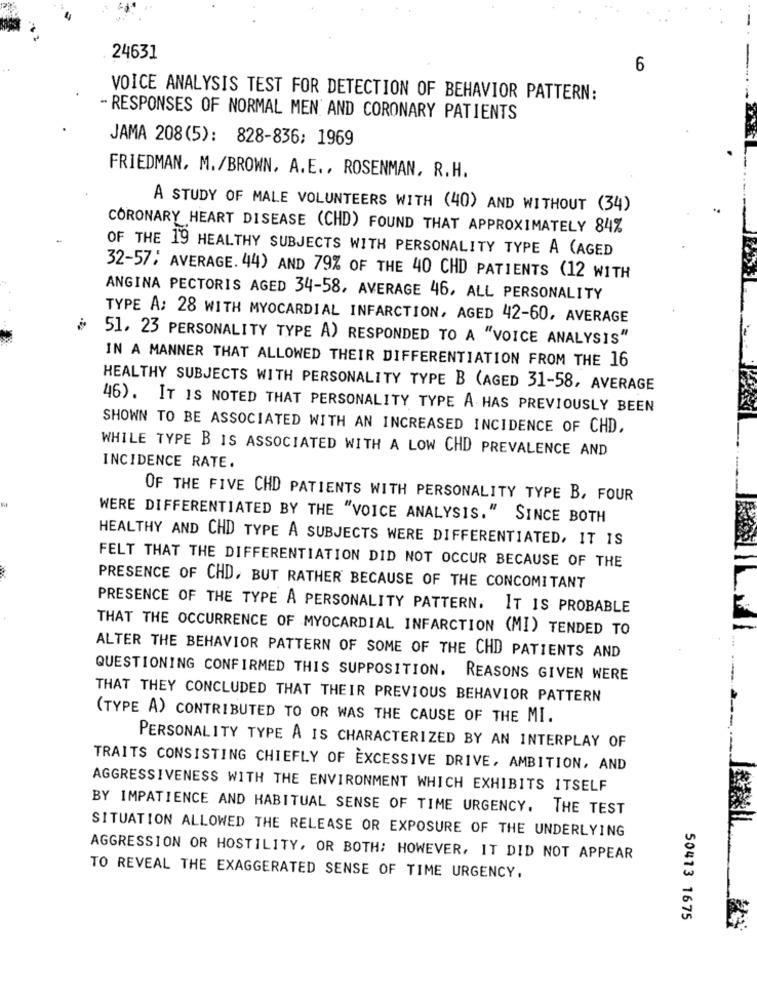
24631
6
VOICE ANALYSIS TEST FOR DETECTION OF BEHAVIOR PATTERN:
- RESPONSES OF NORMAL MEN AND CORONARY PATIENTS
JAMA 208(5): 828-836; 1969
FRIEDMAN, M./BROWN, A.E ., ROSENMAN, R.H.
A STUDY OF MALE VOLUNTEERS WITH (40) AND WITHOUT (34)
CORONARY HEART DISEASE (CHD) FOUND THAT APPROXIMATELY 84%
OF THE 19 HEALTHY SUBJECTS WITH PERSONALITY TYPE A (AGED
32-57; AVERAGE. 44) AND 79% OF THE 40 CHD PATIENTS (12 WITH
ANGINA PECTORIS AGED 34-58, AVERAGE 46, ALL PERSONALITY
TYPE A: 28 WITH MYOCARDIAL INFARCTION, AGED 42-60, AVERAGE
51, 23 PERSONALITY TYPE A) RESPONDED TO A "VOICE ANALYSIS"
IN A MANNER THAT ALLOWED THEIR DIFFERENTIATION FROM THE 16
HEALTHY SUBJECTS WITH PERSONALITY TYPE B (AGED 31-58, AVERAGE
46). IT IS NOTED THAT PERSONALITY TYPE A HAS PREVIOUSLY BEEN
SHOWN TO BE ASSOCIATED WITH AN INCREASED INCIDENCE OF CHD.
WHILE TYPE B IS ASSOCIATED WITH A LOW CHD PREVALENCE AND
INCIDENCE RATE.
OF THE FIVE CHD PATIENTS WITH PERSONALITY TYPE B, FOUR
WERE DIFFERENTIATED BY THE "VOICE ANALYSIS." SINCE BOTH
HEALTHY AND CHD TYPE A SUBJECTS WERE DIFFERENTIATED, IT IS
FELT THAT THE DIFFERENTIATION DID NOT OCCUR BECAUSE OF THE
PRESENCE OF CHD, BUT RATHER BECAUSE OF THE CONCOMITANT
PRESENCE OF THE TYPE A PERSONALITY PATTERN. IT IS PROBABLE
THAT THE OCCURRENCE OF MYOCARDIAL INFARCTION (MI) TENDED TO
ALTER THE BEHAVIOR PATTERN OF SOME OF THE CHD PATIENTS AND
QUESTIONING CONFIRMED THIS SUPPOSITION. REASONS GIVEN WERE
THAT THEY CONCLUDED THAT THEIR PREVIOUS BEHAVIOR PATTERN
(TYPE A) CONTRIBUTED TO OR WAS THE CAUSE OF THE MI.
PERSONALITY TYPE A IS CHARACTERIZED BY AN INTERPLAY OF
TRAITS CONSISTING CHIEFLY OF EXCESSIVE DRIVE, AMBITION, AND
AGGRESSIVENESS WITH THE ENVIRONMENT WHICH EXHIBITS ITSELF
BY IMPATIENCE AND HABITUAL SENSE OF TIME URGENCY. THE TEST
SITUATION ALLOWED THE RELEASE OR EXPOSURE OF THE UNDERLYING
AGGRESSION OR HOSTILITY, OR BOTH; HOWEVER, IT DID NOT APPEAR
TO REVEAL THE EXAGGERATED SENSE OF TIME URGENCY.
50473 1675